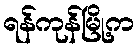
ရန်ကုန်မြို့က